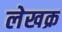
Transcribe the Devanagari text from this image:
लेखक्र